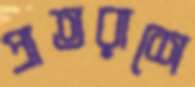
প্রাতরাশে